Vaccination in Burma 1920-1933 - 1920-1933
Year: 1920
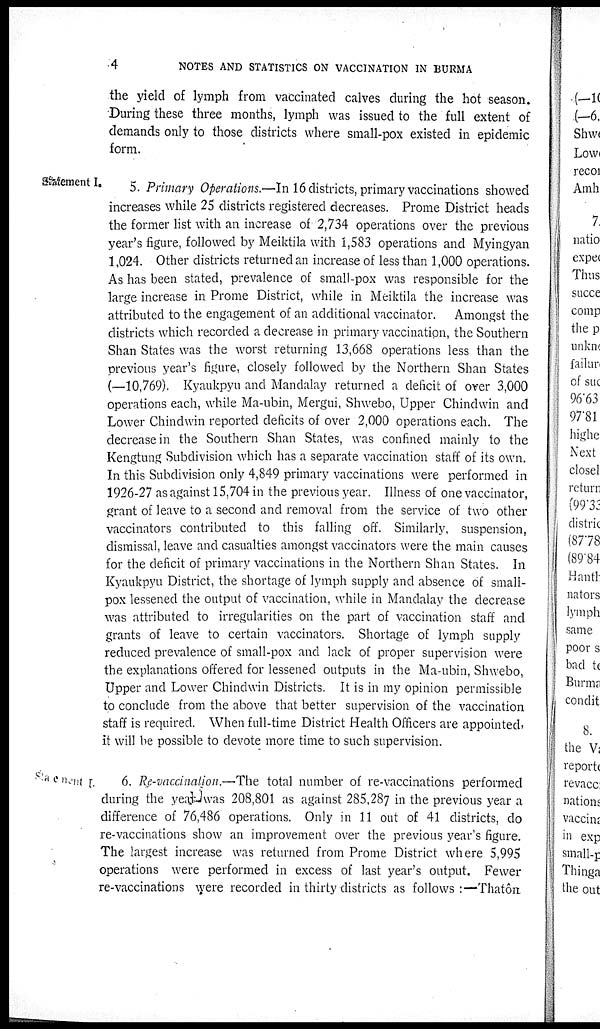
4
NOTES AND STATISTICS ON VACCINATION IN BURMA
the yield of lymph from vaccinated calves during the hot season.
During these three months, lymph was issued to the full extent of
demands only to those districts where small-pox existed in epidemic
form.
Statement I.
5. Primary Operations.—In 16 districts, primary vaccinations showed
increases while 25 districts registered decreases. Prome District heads
the former list with an increase of 2,734 operations over the previous
year's figure, followed by Meiktila with 1,583 operations and Myingyan
1,024. Other districts returned an increase of less than 1,000 operations.
As has been stated, prevalence of small-pox was responsible for the
large increase in Prome District, while in Meiktila the increase was
attributed to the engagement of an additional vaccinator. Amongst the
districts which recorded a decrease in primary vaccination, the Southern
Shan States was the worst returning 13,668 operations less than the
previous year's figure, closely followed by the Northern Shan States
(—10,769). Kyaukpyu and Mandalay returned a deficit of over 3,000
operations each, while Ma-ubin, Mergui, Shwebo, Upper Chindwin and
Lower Chindwin reported deficits of over 2,000 operations each. The
decrease in the Southern Shan States, was confined mainly to the
Kengtung Subdivision which has a separate vaccination staff of its own.
In this Subdivision only 4,849 primary vaccinations were performed in
1926-27 as against 15,704 in the previous year. Illness of one vaccinator,
grant of leave to a second and removal from the service of two other
vaccinators contributed to this falling off. Similarly, suspension,
dismissal, leave and casualties amongst vaccinators were the main causes
for the deficit of primary vaccinations in the Northern Shan States. In
Kyaukpyu District, the shortage of lymph supply and absence of small-
pox lessened the output of vaccination, while in Mandalay the decrease
was attributed to irregularities on the part of vaccination staff and
grants of leave to certain vaccinators. Shortage of lymph supply
reduced prevalence of small-pox and lack of proper supervision were
the explanations offered for lessened outputs in the Ma-ubin, Shwebo,
Upper and Lower Chindwin Districts. It is in my opinion permissible
to conclude from the above that better supervision of the vaccination
staff is required. When full-time District Health Officers are appointed,
it will be possible to devote more time to such supervision.
Statement I.
6. Re-vaccination.—The total number of re-vaccinations performed
during the year was 208,801 as against 285,287 in the previous year a
difference of 76,486 operations. Only in 11 out of 41 districts, do
re-vaccinations show an improvement over the previous year's figure.
The largest increase was returned from Prome District where 5,995
operations were performed in excess of last year's output. Fewer
re-vaccinations were recorded in thirty districts as follows:—Thatôn